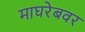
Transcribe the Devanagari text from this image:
माघरेबवर